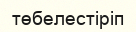
төбелестіріп